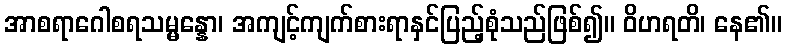
အာစရာဂေါစရသမ္မန္နော၊ အကျင့်ကျက်စားရာနှင်ပြည့်စုံသည်ဖြစ်၍။ ဝိဟရတိ၊ နေ၏။